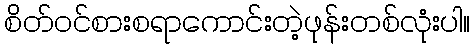
စိတ်ဝင်စားစရာကောင်းတဲ့ဖုန်းတစ်လုံးပါ။